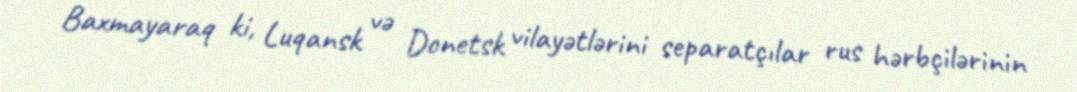
Baxmayaraq ki, Luqansk və Donetsk vilayətlərini separatçılar rus hərbçilərinin